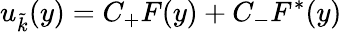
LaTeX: u_{\tilde{k}}(y)=C_{+}F(y)+C_{-}F^{*}(y)